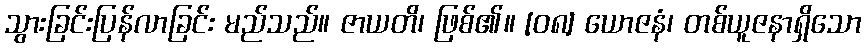
သွားခြင်းပြန်လာခြင်း မည်သည်။ ဇာယတိ၊ ဖြစ်၏။ [၀၈] ယောဇနံ၊ တစ်ယူဇနာရှိသော